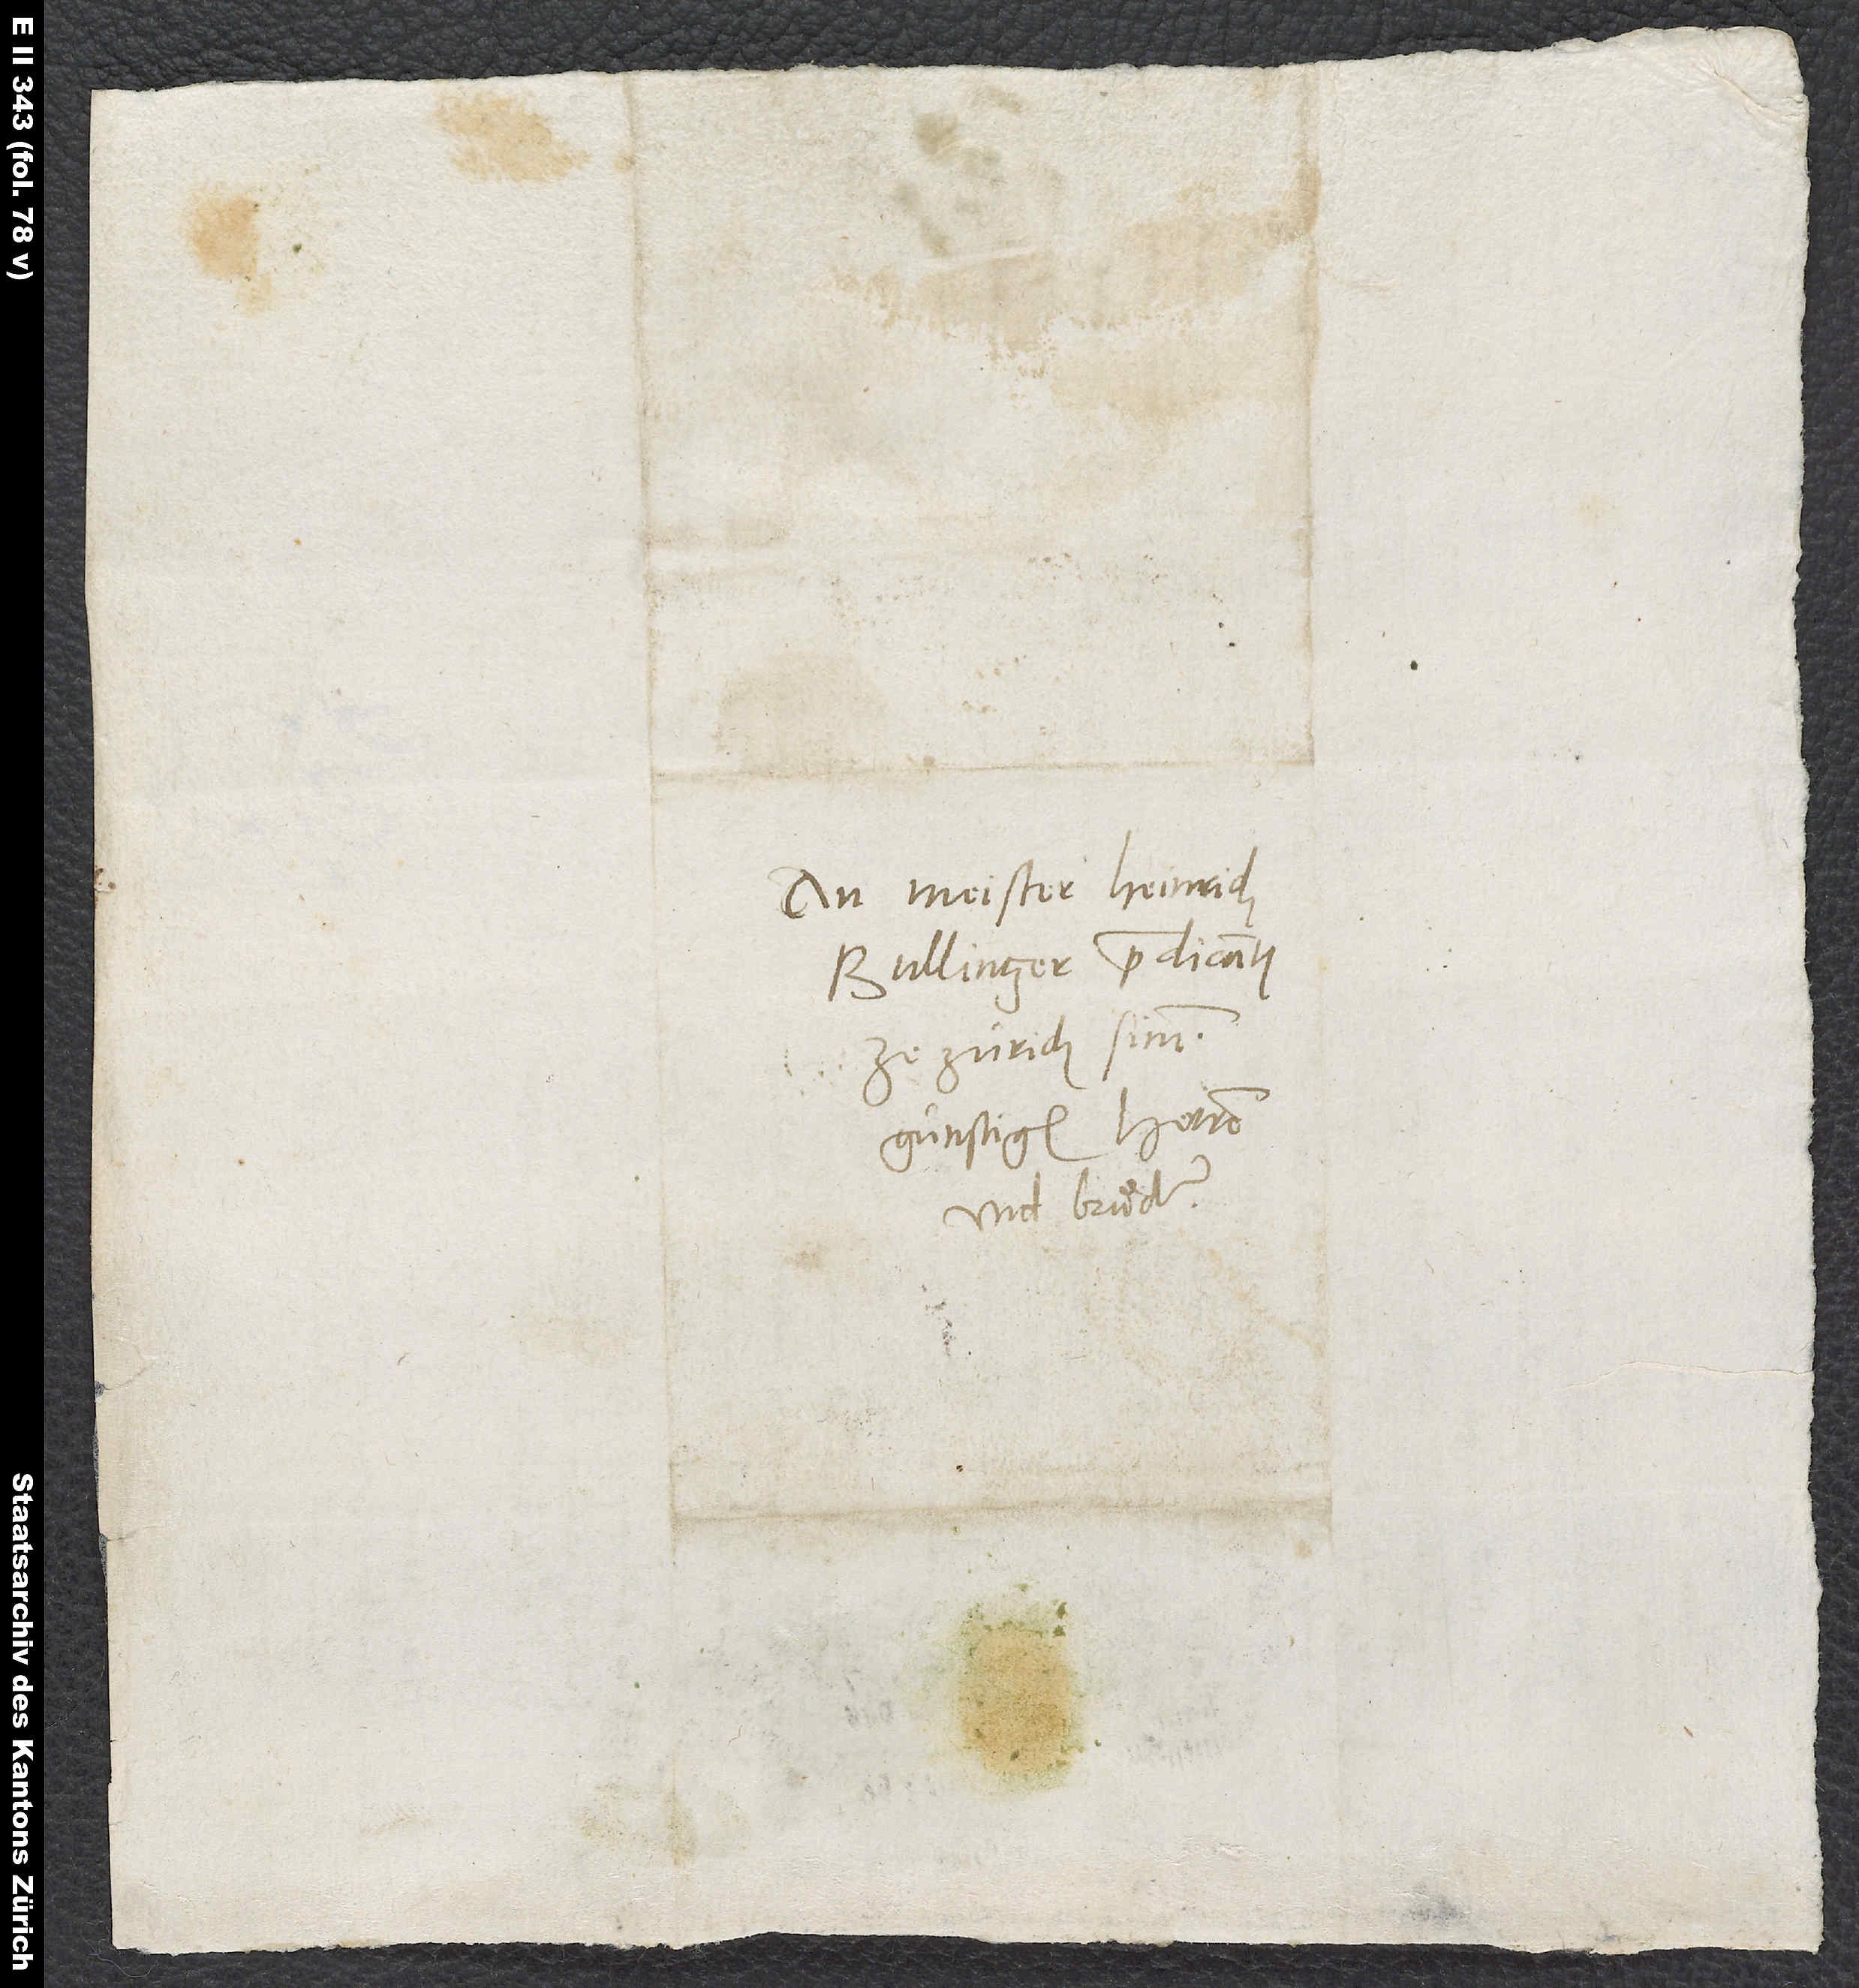
An Meister Heinrich
Bullinger, predicanten
ze Zürich, sinem
günstigen herren
und bruͦder.